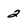
Character: 2